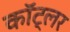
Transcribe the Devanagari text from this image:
कॉट्लर